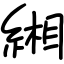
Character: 緗